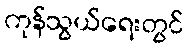
ကုန်သွယ်ရေးတွင်